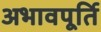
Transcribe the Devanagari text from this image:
अभावपूर्ति